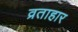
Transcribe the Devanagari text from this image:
व्रताहार